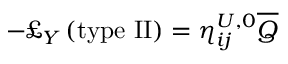
- \pounds _ { Y } \left( \mathrm { t y p e ~ I I } \right) = \eta _ { i j } ^ { U , 0 } \overline { { { Q } } }